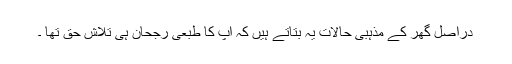
دراصل گھر کے مذہبی حالات یہ بتاتے ہیں کہ آپ کا طبعی رجحان ہی تلاشِ حق تھا ۔